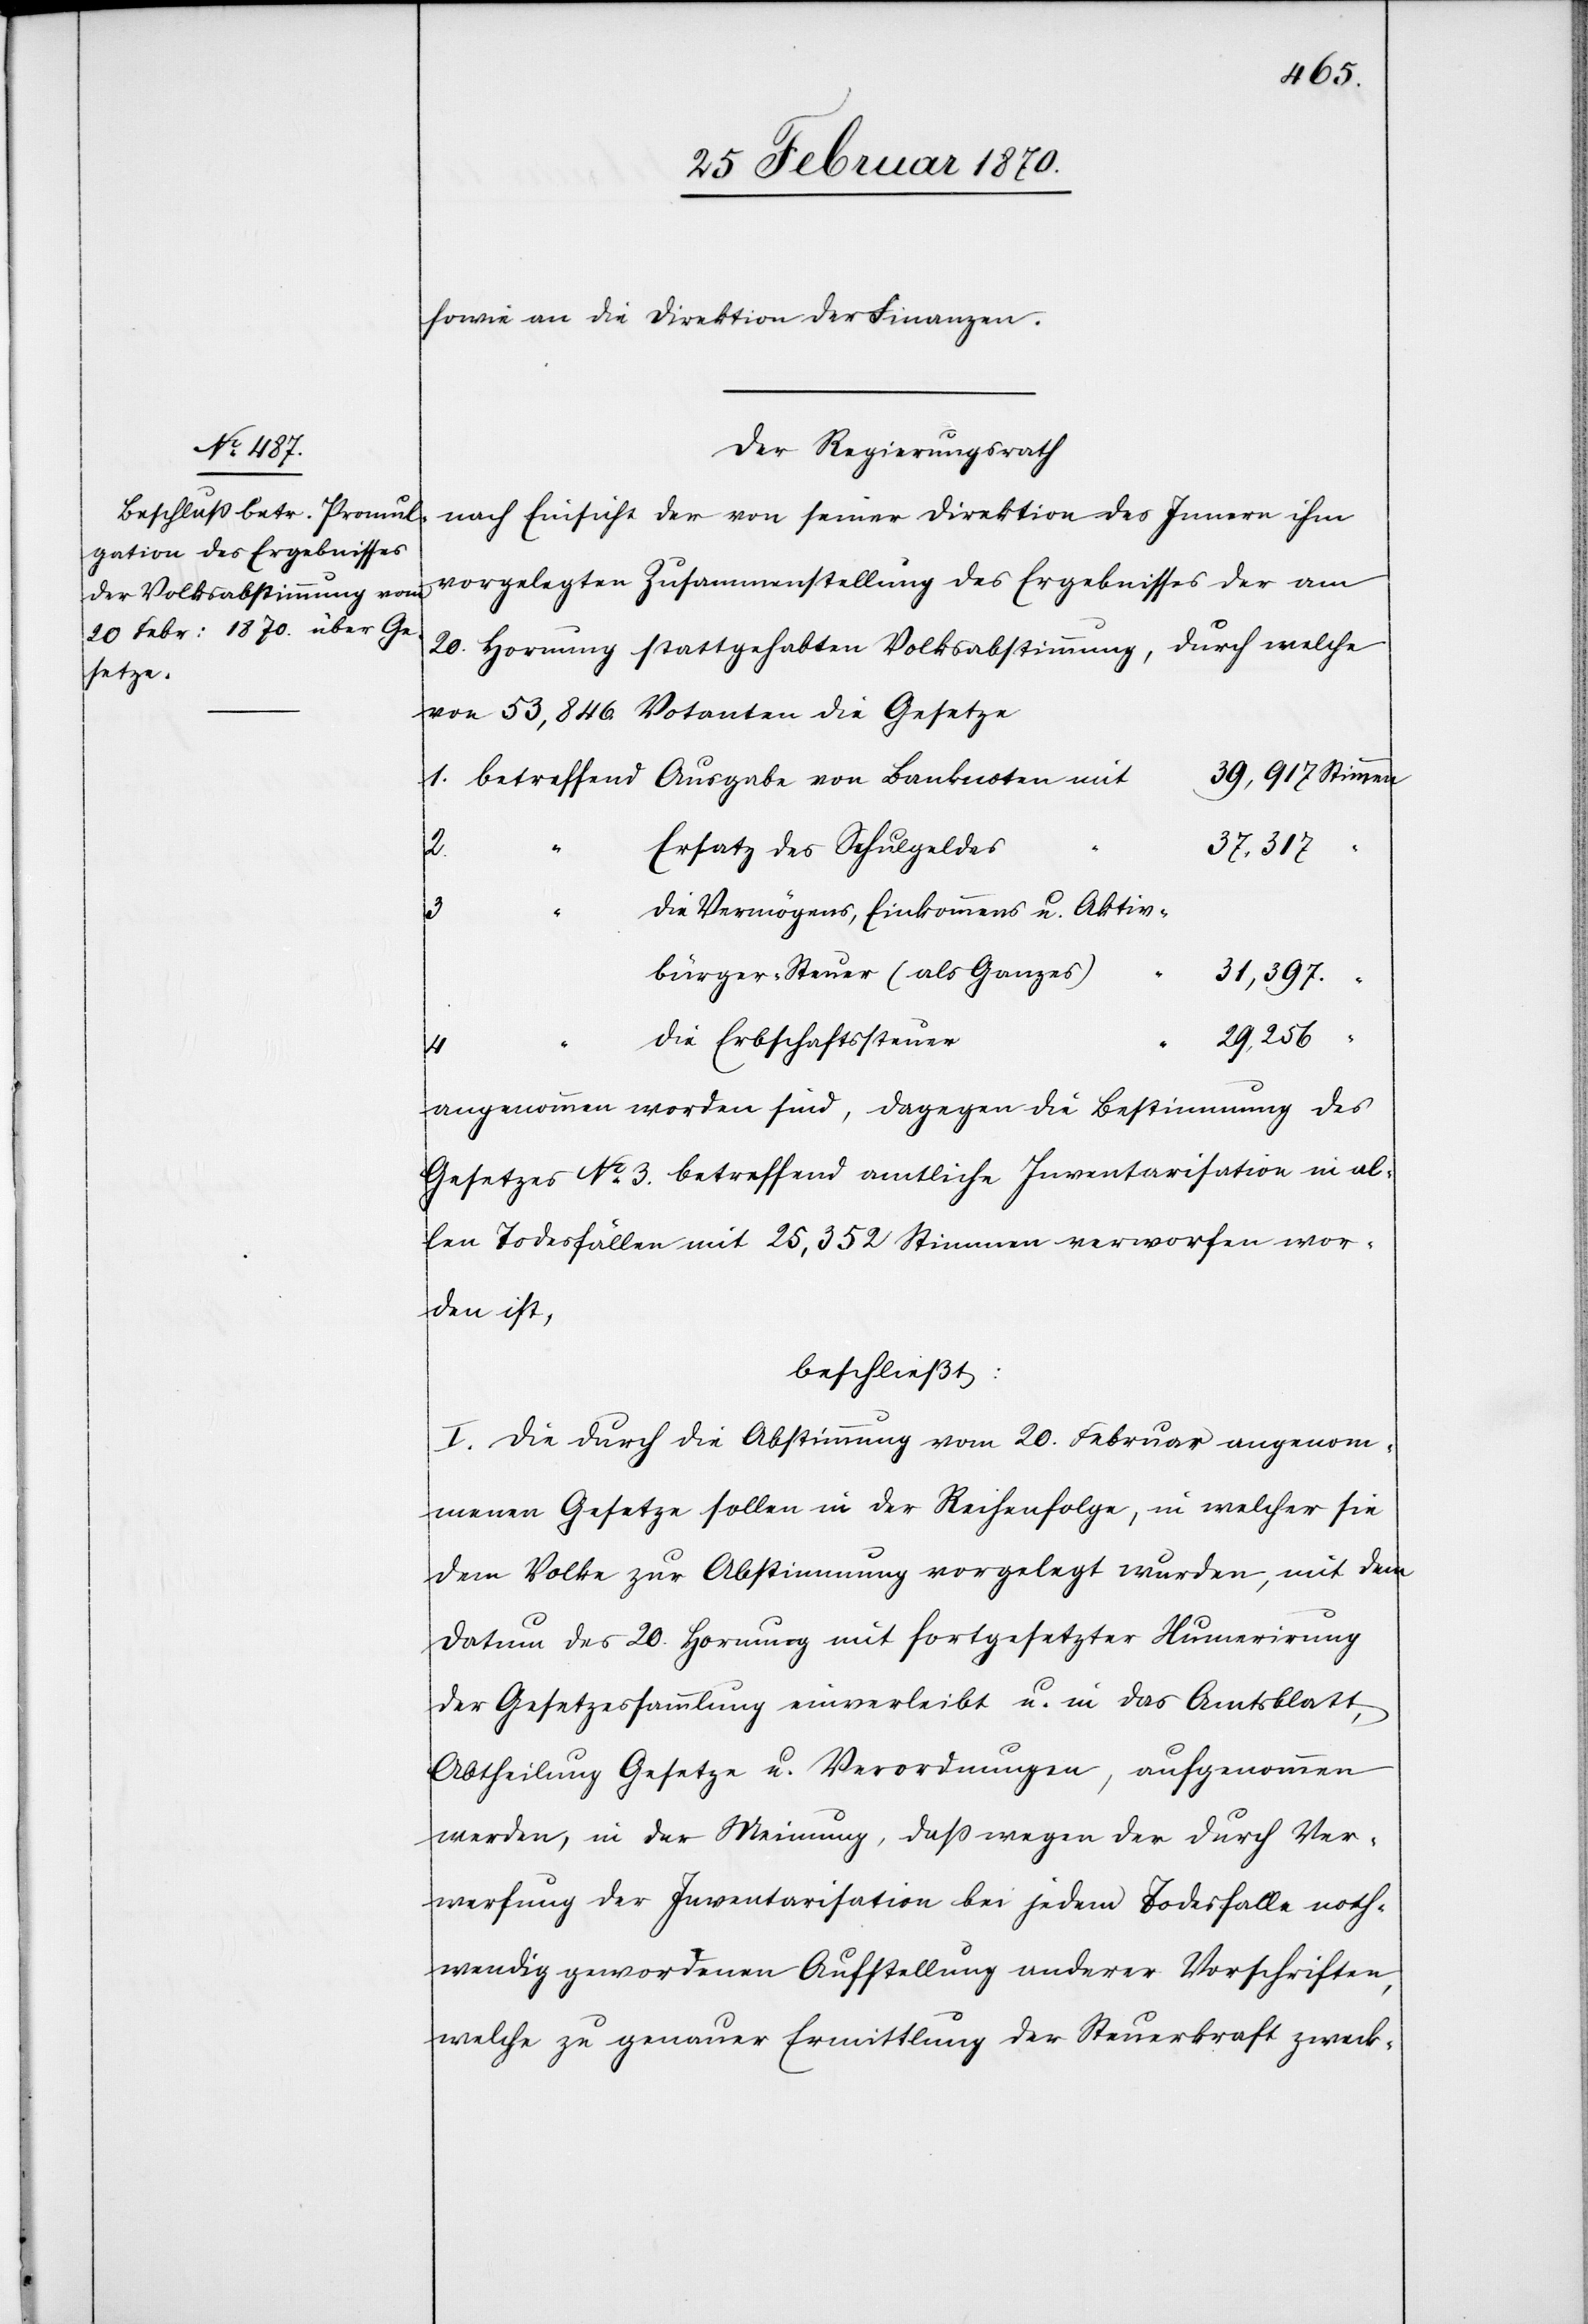
sowie an die Direktion der Finanzen.
Der Regierungsrath
nach Einsicht der von seiner Direktion des Innern ihm
vorgelegten Zusammenstellung des Ergebnisses der am
20. Hornung stattgehabten Volksabstimmung, durch welche
von 53,846 Votanten die Gesetze
Ersatz des Schulgeldes
“
37,317
die Vermögens, Einkommens u. Aktiv¬
3.
bürger-Steuer (als Ganzes)
31,397
“
29,256
die Erbschaftssteuer
“
4.
angenommen worden sind, dagegen die Bestimmung des
Gesetzes No. 3. betreffend amtliche Inventarisation in al¬
len Todesfällen mit 25,352 Stimmen verworfen wor¬
den ist,
beschließt:
I. Die durch die Abstimmung vom 20. Februar angenom¬
menen Gesetze sollen in der Reihenfolge, in welcher sie
dem Volke zur Abstimmung vorgelegt wurden, mit dem
Datum des 20. Hornung mit fortgesetzter Numerirung
der Gesetzessammlung einverleibt u. in das Amtsblatt,
Abtheilung Gesetze u. Verordnungen, aufgenommen
werden, in der Meinung, daß wegen der durch Ver¬
werfung der Inventarisation bei jedem Todesfalle noth¬
wendig gewordenen Aufstellung anderer Vorschriften,
welche zu genauer Ermittlung der Steuerkraft zweck-